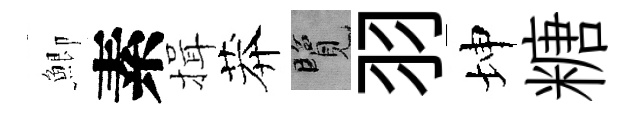
鯽素揖莽覽羽坤糖